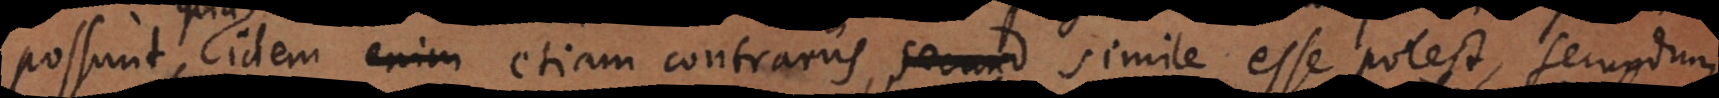
possunt, quia idem etiam contrariis, simile esse potest, secund